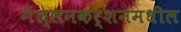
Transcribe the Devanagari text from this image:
गेल्सनकर्शनमधील